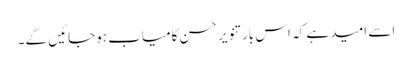
اسے امید ہے کہ اس بار تنویر حسن کامیاب ہوجائیں گے۔